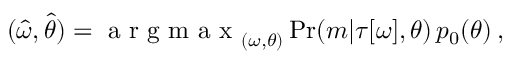
\begin{array} { r } { ( \hat { \omega } , \hat { \theta } ) = \mathrm { ~ a ~ r ~ g ~ m ~ a ~ x ~ } _ { ( \omega , \theta ) } \operatorname* { P r } ( m | \tau [ \omega ] , \theta ) \, p _ { 0 } ( \theta ) \, , } \end{array}